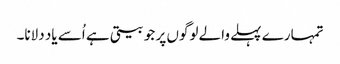
تمہارے پہلے والے لوگوں پر جو بیتی ہے اُسے یاد دلانا۔